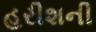
હરીશની